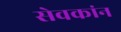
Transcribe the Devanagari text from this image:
सेवकांन